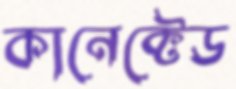
কানেক্টেড